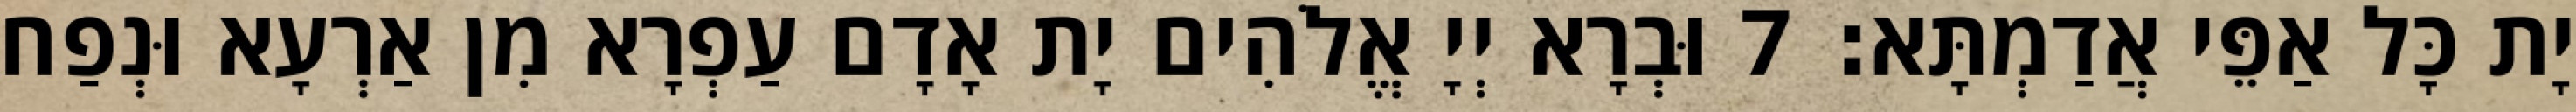
יָת כָּל אַפֵּי אֲדַמְתָּא׃ 7 וּבְרָא יְיָ אֱלֹהִים יָת אָדָם עַפְרָא מִן אַרְעָא וּנְפַח